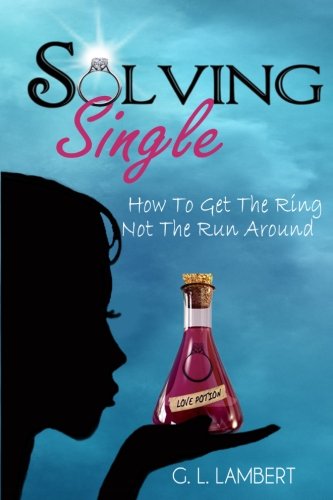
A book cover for Solving Single: How To Get The Ring, Not The Run Around; G L Lambert; Self-Help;